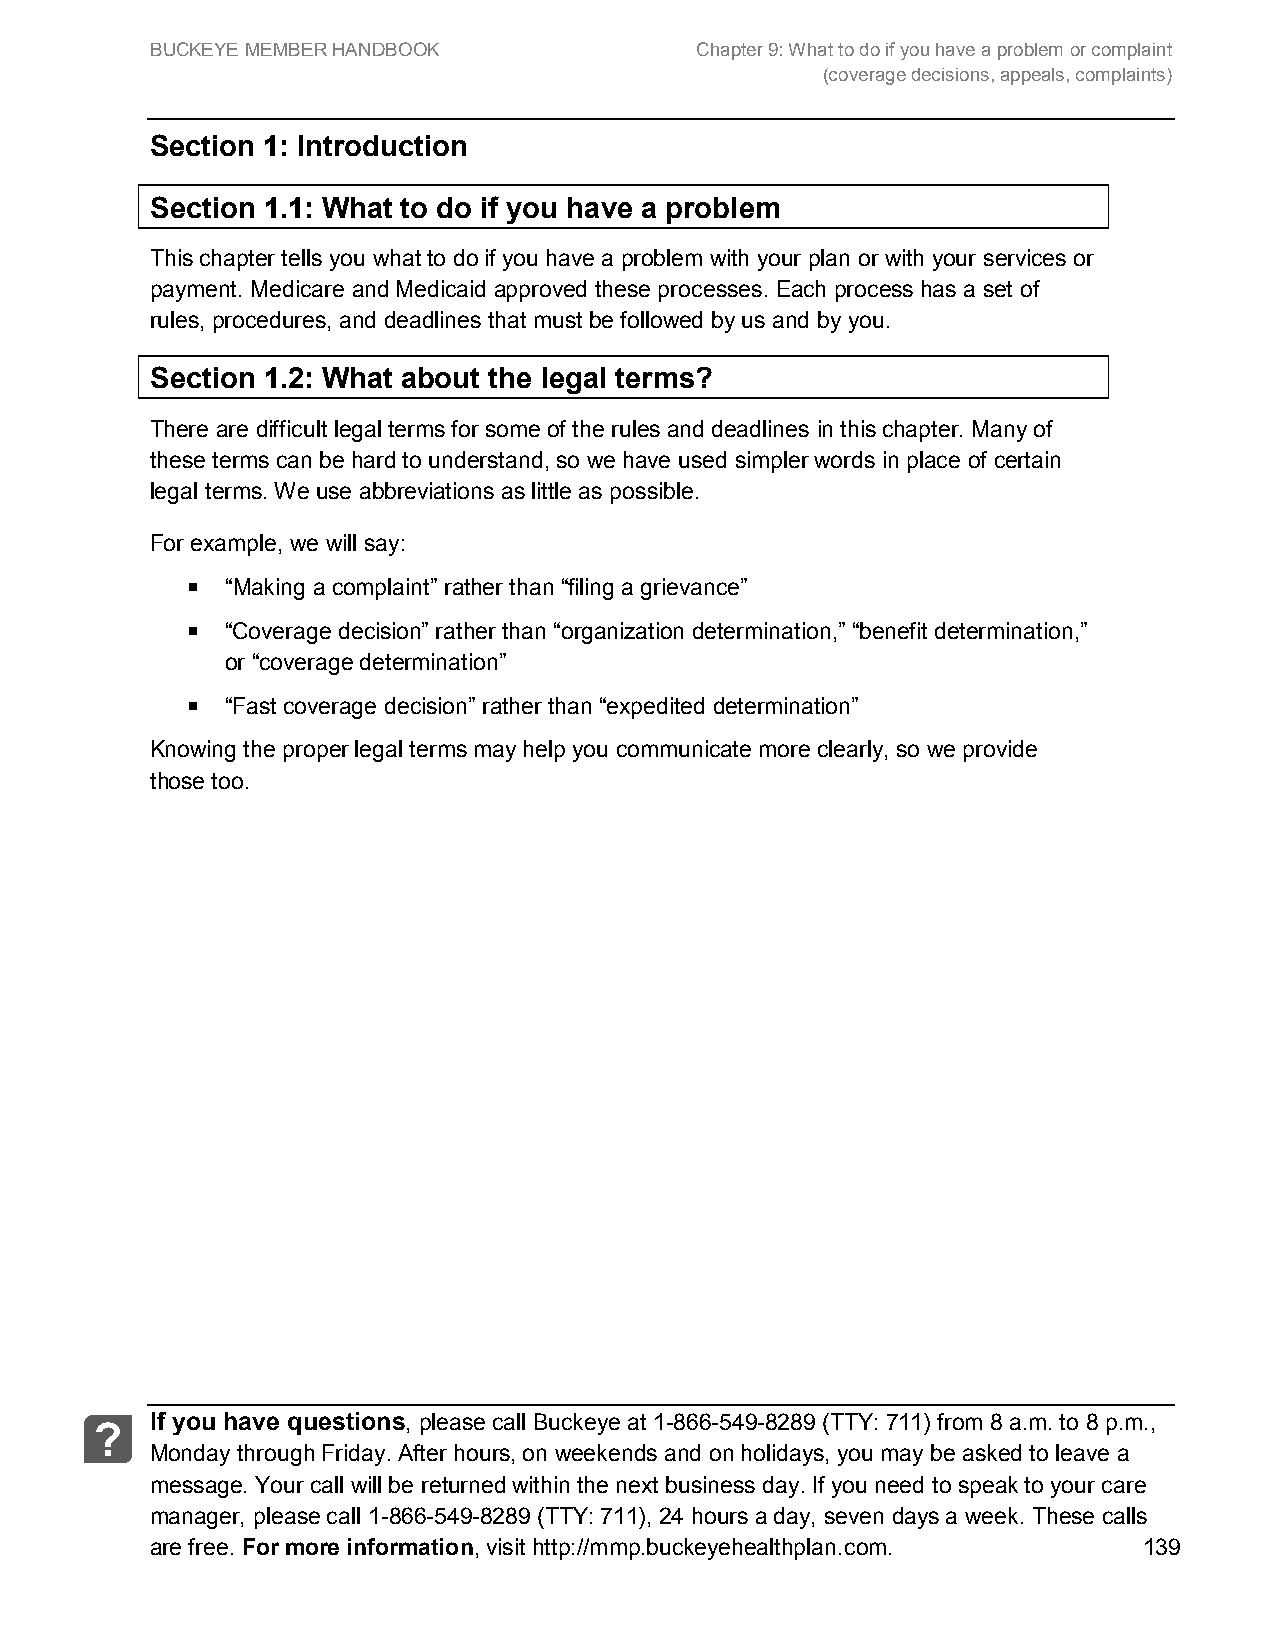
BUCKEYE MEMBER HANDBOOK             Chapter 9: What to do if you have a problem or complaint
 (coverage decisions, appeals, complaints)
 Section 1: Introduction
 Section 1.1: What to do if you have a problem
 This chapter tells you what to do if you have a problem with your plan or with your services or
 payment. Medicare and Medicaid approved these processes. Each process has a set of
 rules, procedures, and deadlines that must be followed by us and by you.
 Section 1.2: What about the legal terms?
 There are difficult legal terms for some of the rules and deadlines in this chapter. Many of
 these terms can be hard to understand, so we have used simpler words in place of certain
 legal terms. We use abbreviations as little as possible.
 For example, we will say:
   “Making a complaint” rather than “filing a grievance”
   “Coverage decision” rather than “organization determination,” “benefit determination,”
 or “coverage determination”
   “Fast coverage decision” rather than “expedited determination”
 Knowing the proper legal terms may help you communicate more clearly, so we provide
 those too.
 If you have questions, please call Buckeye at 1-866-549-8289 (TTY: 711) from 8 a.m. to 8 p.m.,
 ?
 Monday through Friday. After hours, on weekends and on holidays, you may be asked to leave a
 message. Your call will be returned within the next business day. If you need to speak to your care
 manager, please call 1-866-549-8289 (TTY: 711), 24 hours a day, seven days a week. These calls
 are free. For more information, visit http://mmp.buckeyehealthplan.com. 139